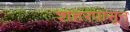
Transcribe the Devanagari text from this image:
शहरपासून